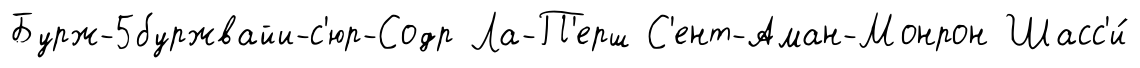
Бурж-5буржвайи-с'юр-Содр Ла-П'ерш С'ент-Аман-Монрон Шасс'и́